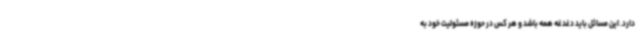
دارد. این مسائل باید دغدغه همه باشد و هر کس در حوزه مسئولیت خود به